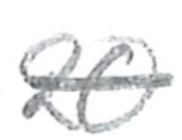
Text: 20
Cross-out: single-line
Writing tool: pencil